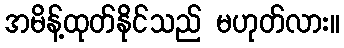
အမိန့်ထုတ်နိုင်သည် မဟုတ်လား။